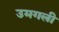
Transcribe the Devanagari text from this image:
उमगली